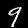
Digit: 9